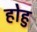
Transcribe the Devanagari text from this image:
होहु